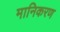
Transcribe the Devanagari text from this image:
मानिकरण